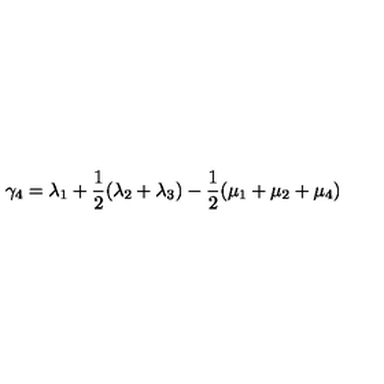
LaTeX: \gamma _ { 4 } = \lambda _ { 1 } + \frac { 1 } { 2 } ( \lambda _ { 2 } + \lambda _ { 3 } ) - \frac { 1 } { 2 } ( \mu _ { 1 } + \mu _ { 2 } + \mu _ { 4 } )